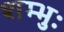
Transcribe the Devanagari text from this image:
शम्भुः